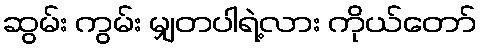
ဆွမ်း ကွမ်း မျှတပါရဲ့လား ကိုယ်တော်